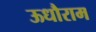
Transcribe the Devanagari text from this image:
ऊधौराम